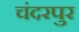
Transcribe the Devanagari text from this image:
चंदरपुर